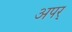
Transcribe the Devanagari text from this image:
अपर्